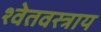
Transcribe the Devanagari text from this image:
श्वेतवस्त्राय